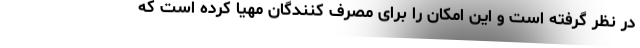
در نظر گرفته است و این امکان را برای مصرف کنندگان مهیا کرده است که